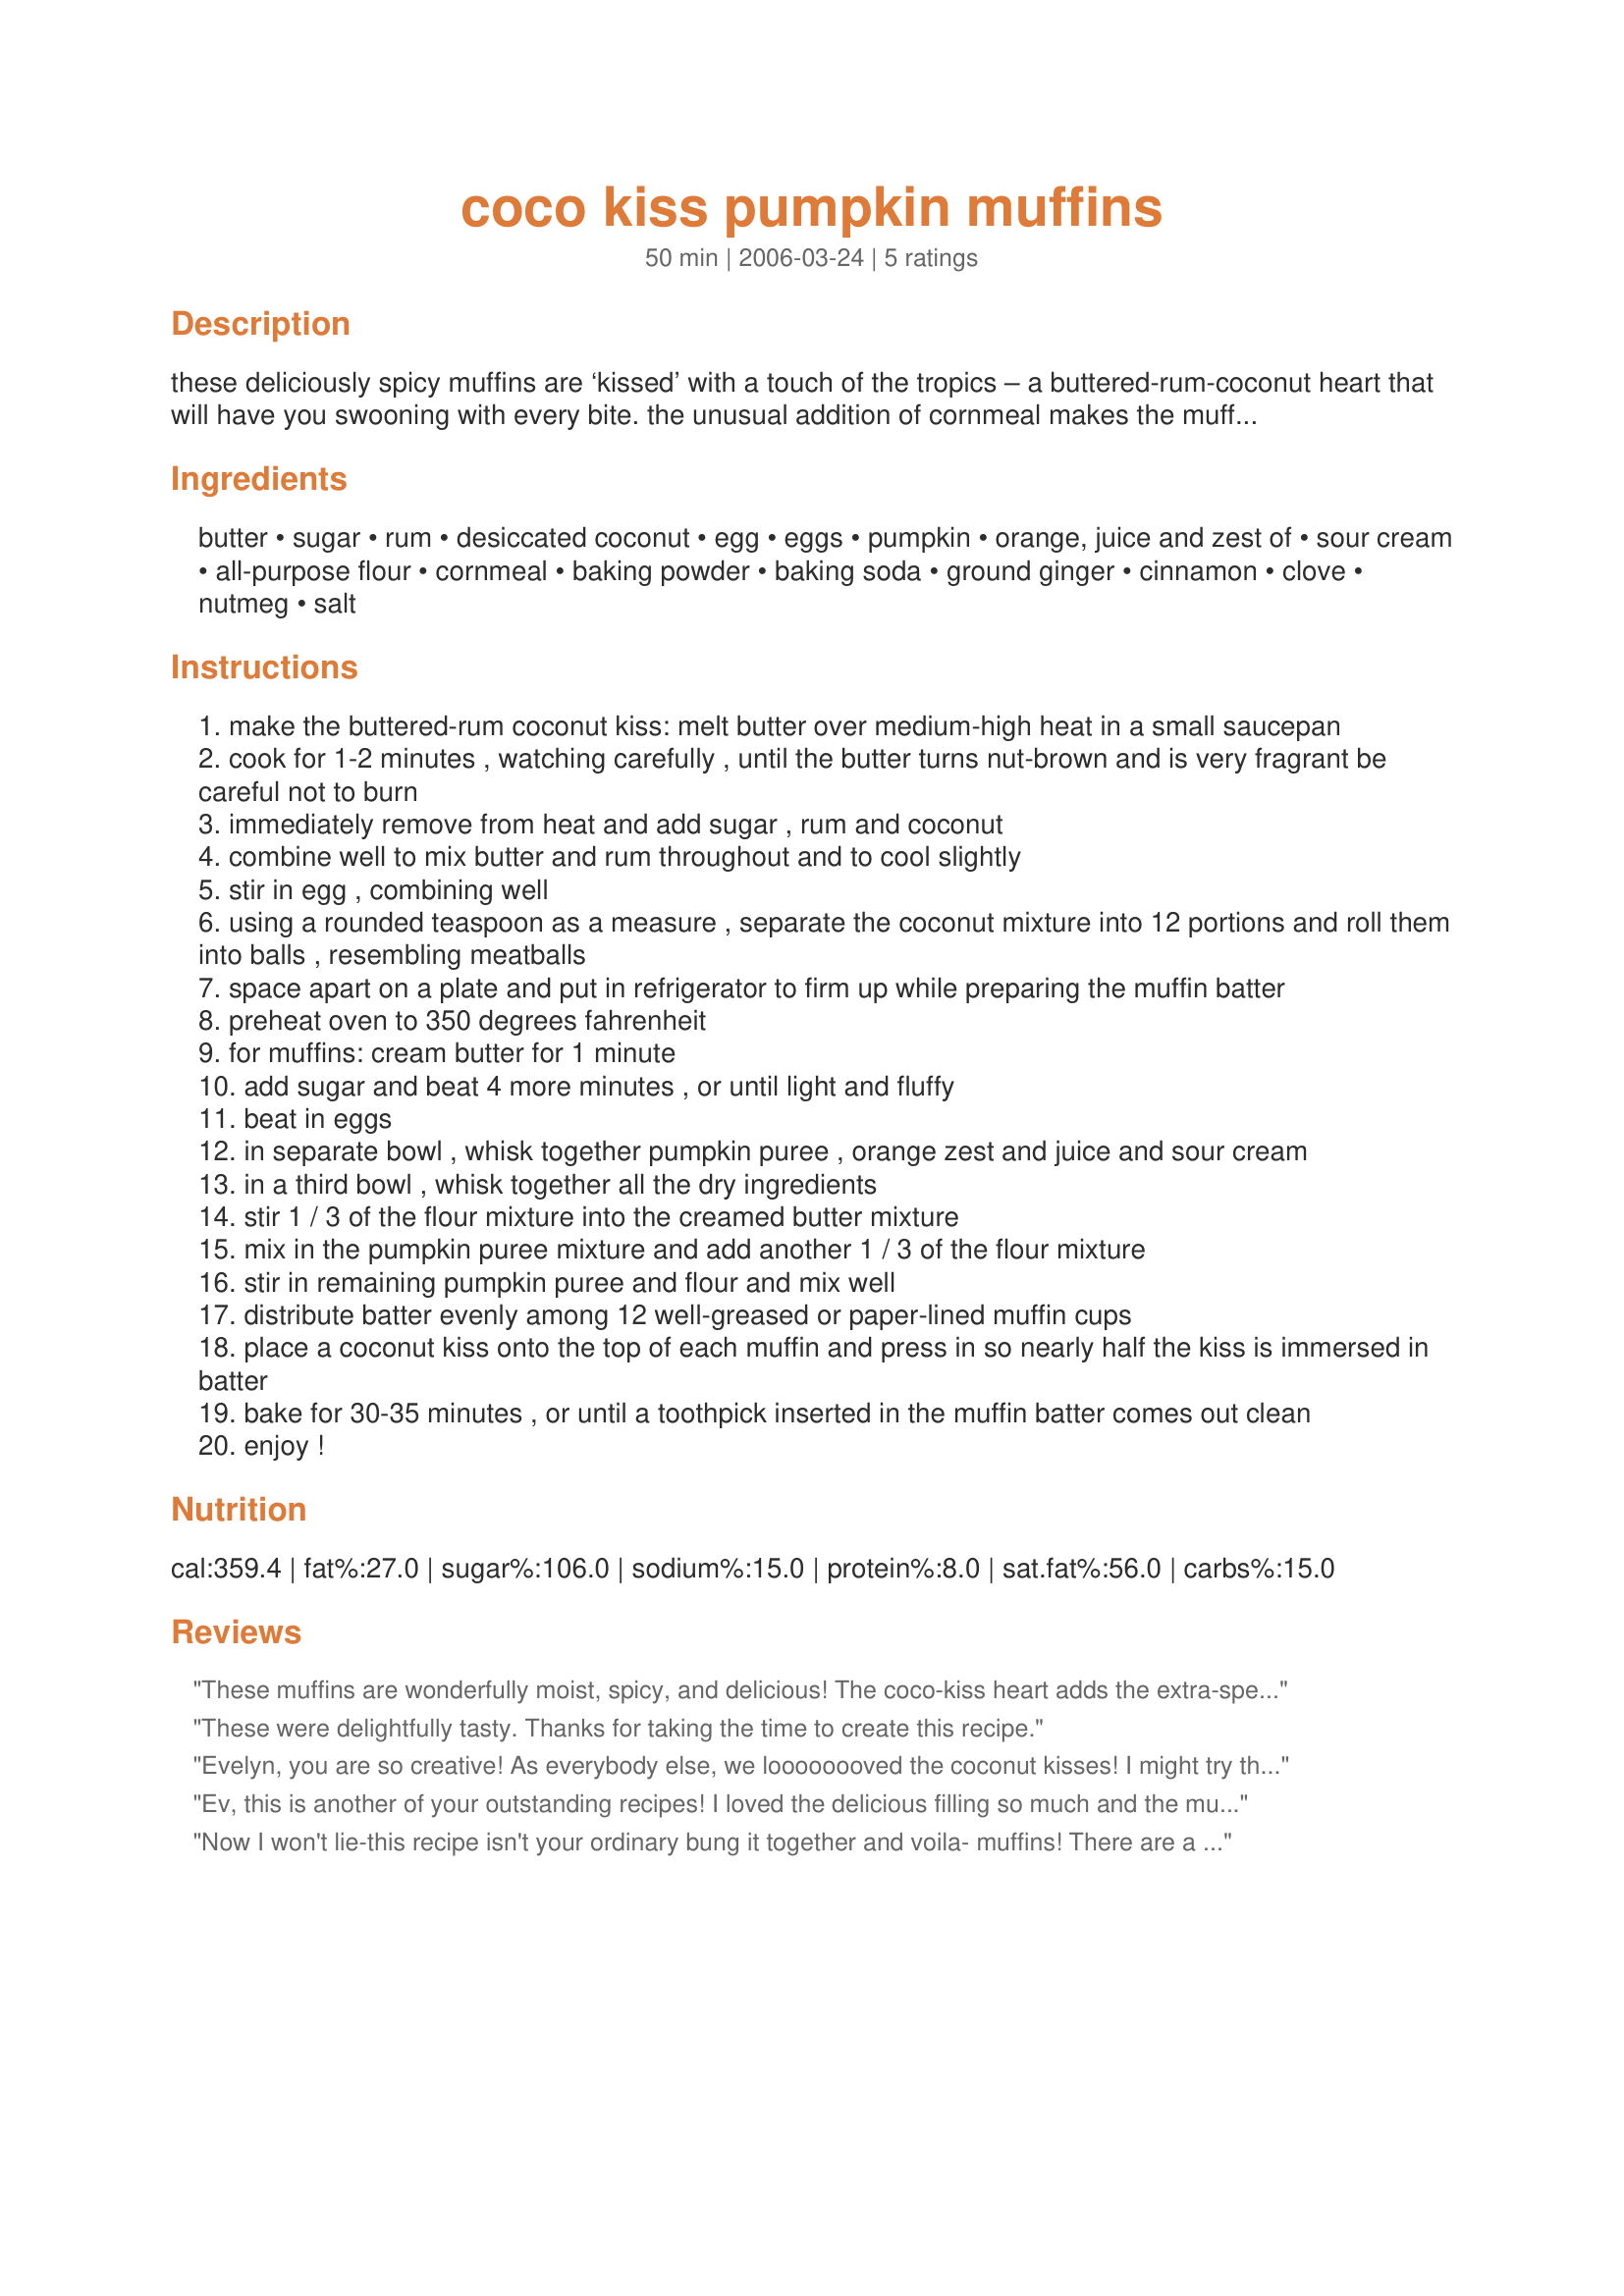
coco kiss pumpkin muffins
Preparation time: 50 minutes

these deliciously spicy muffins are ‘kissed’ with a touch of the tropics – a buttered-rum-coconut heart that will have you swooning with every bite. the unusual addition of cornmeal makes the muffins even more wholesome texturally, and the addition of a dollop of sour cream in the batter provides a tender crumb. don’t let the long list of ingredients phase you – these come together in no time at all.

Ingredients:
butter, sugar, rum, desiccated coconut, egg, eggs, pumpkin, orange, juice and zest of, sour cream, all-purpose flour, cornmeal, baking powder, baking soda, ground ginger, cinnamon, clove, nutmeg, salt

Steps:
make the buttered-rum coconut kiss: melt butter over medium-high heat in a small saucepan
cook for 1-2 minutes , watching carefully , until the butter turns nut-brown and is very fragrant be careful not to burn
immediately remove from heat and add sugar , rum and coconut
combine well to mix butter and rum throughout and to cool slightly
stir in egg , combining well
using a rounded teaspoon as a measure , separate the coconut mixture into 12 portions and roll them into balls , resembling meatballs
space apart on a plate and put in refrigerator to firm up while preparing the muffin batter
preheat oven to 350 degrees fahrenheit
for muffins: cream butter for 1 minute
add sugar and beat 4 more minutes , or until light and fluffy
beat in eggs
in separate bowl , whisk together pumpkin puree , orange zest and juice and sour cream
in a third bowl , whisk together all the dry ingredients
stir 1 / 3 of the flour mixture into the creamed butter mixture
mix in the pumpkin puree mixture and add another 1 / 3 of the flour mixture
stir in remaining pumpkin puree and flour and mix well
distribute batter evenly among 12 well-greased or paper-lined muffin cups
place a coconut kiss onto the top of each muffin and press in so nearly half the kiss is immersed in batter
bake for 30-35 minutes , or until a toothpick inserted in the muffin batter comes out clean
enjoy !

Reviews:
These muffins are wonderfully moist, spicy, and delicious! The coco-kiss heart adds the extra-special touch to this one, we can't get enough of them. I really enjoyed the texture of the cornmeal and the rich moisture contributed by the fresh pumpkin and sour cream. Simply fabulous! Best of luck and thanks!
These were delightfully tasty. Thanks for taking the time to create this recipe.
Evelyn, you are so creative! As everybody else, we loooooooved the coconut kisses! I might try the kisses in other muffin recipes, too. The coconut works well with the pumpkin and the pumpkin mixture is nicely spiced. BF and I are not fond of anything baked with pumpkin, but we liked these muffins. One of my father's friends who helped my father in the forest loved the muffins so much that BF gave him his and told him he (BF) could have more of those back home. My sister's comment was that they are special, and yes they are!
Ev, this is another of your outstanding recipes! I loved the delicious filling so much and the muffin itself was moist and very tasty.I used fresh pumpkin that I cooked in the microvawe with a little water. I used the blender to make a smooth pulp. With my muffins mold I made 20 delicious kissis!&lt;br/&gt;Thanks a lot for your great inventions. Made for Culinary Quest 2014.
Now I won't lie-this recipe isn't your ordinary bung it together and voila- muffins! There are a host of ingredients and the instructions (while not difficult at all) require more effort than I am willing to spend on a usual muffin. However, this is no everyday muffin.It has a bold mix of spices,sweetened and diluted with orange and pumpkin.They have a wonderful almost crumbly texture because of the cornmeal. And then inside a sweet rum and coconut treasure! I made the coconut kisses the night before and kept covered in the fridge and they seemed no worse the wear for it. Instead of submerging the balls in the batter I put half the mixture in the case,then a coconut ball and then blobbed over some more batter as they seemed quite large and I was concerned that they would be covered if I followed the instructions. They worked perfectly and cooked in exactly the right time. Overall a very special muffin that has inspired me to be a bit more creative in my baking. And it even had a vegetable! Try them hot out the oven while the centres still steam sweetly of rum, coconut and the Carribean...
